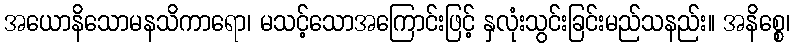
အယောနိသောမနသိကာရော၊ မသင့်သောအကြောင်းဖြင့် နှလုံးသွင်းခြင်းမည်သနည်း။ အနိစ္စေ၊